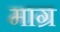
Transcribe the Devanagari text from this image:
माग्र